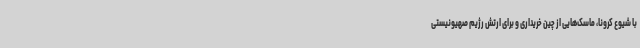
با شیوع کرونا، ماسک‌هایی از چین خریداری و برای ارتش رژیم صهیونیستی